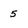
Character: 5